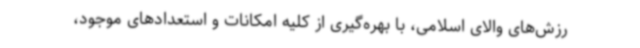
رزش‌های والای اسلامی، با بهره‌گیری از کلیه امکانات و استعدادهای موجود،